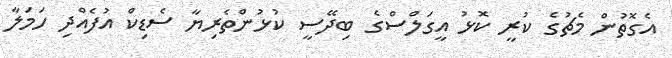
އެގޮތުން މެޗުގެ ކުރީ ކޮޅު އީގަލްސްގެ ބިދޭސީ ކުޅުންތެރިޔާ ސެޑިކް އުފެއްދި ހަމަލާ